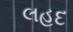
લહદ